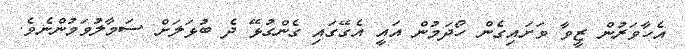
އެހާވަރުން ޒީވާ ވަށައިގެން ހޯދަމުން އައީ އެގޭގައި ގެންގުޅޭ ދެ ބުޅަލަށް ސަމާލުވަމުންނެވެ.